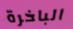
الباخرة